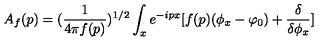
A _ { f } ( p ) = ( { \frac { 1 } { 4 \pi f ( p ) } } ) ^ { 1 / 2 } \int _ { x } e ^ { - i p x } [ f ( p ) ( \phi _ { x } - \varphi _ { 0 } ) + { \frac { \delta } { \delta \phi _ { x } } } ]